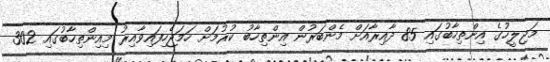
މަޖިލީހުގެ އިންތިހާބުގައި 85 ދާއިރާއަށް މެންބަރުން އިންތިހާބު ކުރުމަށް ހަމަޖެހިފައިވާއިރު މިއިންތިހާބުގައި 302